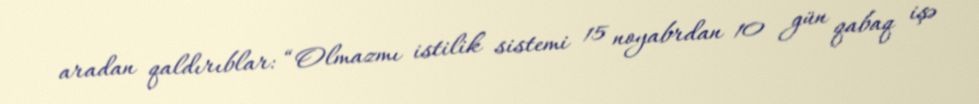
aradan qaldırıblar: “Olmazmı istilik sistemi 15 noyabrdan 10 gün qabaq işə